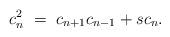
LaTeX: \begin{align*} c_{n}^2\ =\ c_{n+1}c_{n-1}+s c_{n}.\end{align*}